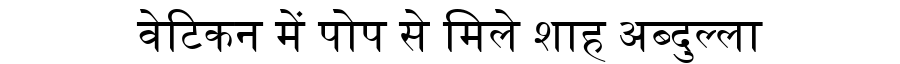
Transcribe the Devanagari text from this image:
वेटिकन में पोप से मिले शाह अब्दुल्ला